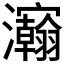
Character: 𰝴